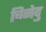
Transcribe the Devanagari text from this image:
चिनेदु